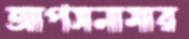
আপসনামার